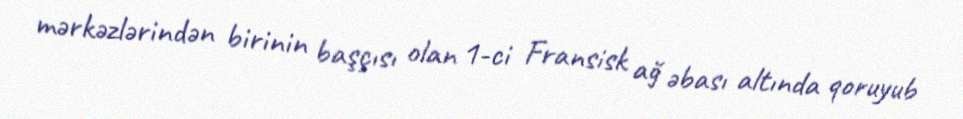
mərkəzlərindən birinin başçısı olan 1-ci Fransisk ağ əbası altında qoruyub